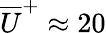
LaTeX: \overline{{U}}^{+}\approx 20